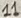
Text: 11